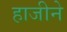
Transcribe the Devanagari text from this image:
हाजीने